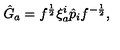
\hat { G } _ { a } = f ^ { \frac { 1 } { 2 } } \xi _ { a } ^ { i } \hat { p } _ { i } f ^ { - { \frac { 1 } { 2 } } } ,